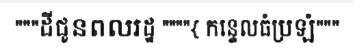
"""ដីជូនពលរដ្ឋ """"{ កន្ទេលធំប្រឡំ"""